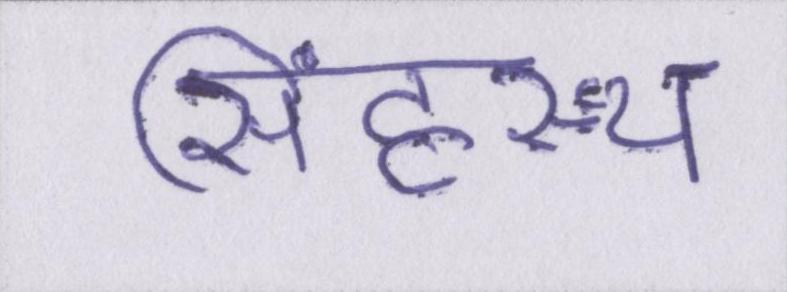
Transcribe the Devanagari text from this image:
सिंहस्थ